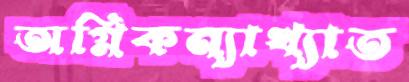
অগ্নিকন্যাখ্যাত